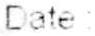
DATE: